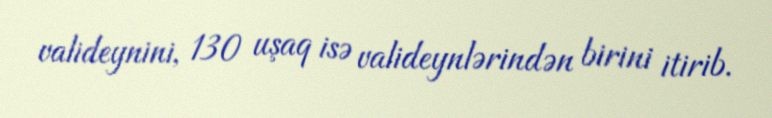
valideynini, 130 uşaq isə valideynlərindən birini itirib.